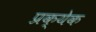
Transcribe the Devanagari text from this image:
प्रक्येक